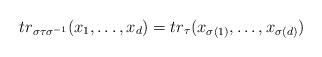
LaTeX: \begin{align*}tr_{\sigma\tau\sigma^{-1}}(x_1,\ldots,x_d)=tr_\tau(x_{\sigma(1)},\ldots,x_{\sigma(d)})\end{align*}